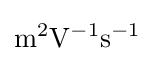
\mathrm {m^{2}V^{-1}s^{-1}}